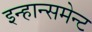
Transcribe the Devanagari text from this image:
इन्हान्समेन्ट